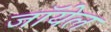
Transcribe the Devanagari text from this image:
जॉयेल